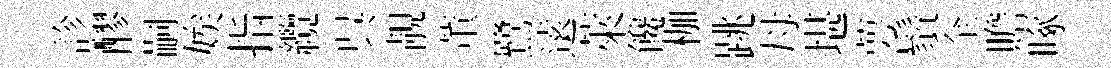
診醪嗣娭指纜呉靚董鷺逺萊饞枷跳母堪萼鬚全贍啄